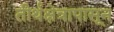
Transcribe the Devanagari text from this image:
तीर्थक्षेत्रापासून